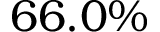
6 6 . 0 \%